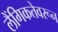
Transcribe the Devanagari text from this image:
लैंगिकतेवरून